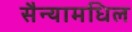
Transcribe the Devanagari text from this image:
सैन्यामधिल